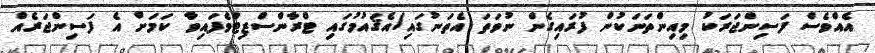
އެއްވެސް ފަސިންޖަރަކު މިއިންތަނަކުން ފުރައިގެން ނުވަތަ އެތަނުގައި/އެޤައުމުގައި ޓްރާންސްޒިޓްވެފައިވާ ކަމަށް އެ ފަސިންޖަރެއް